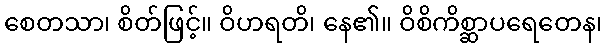
စေတသာ၊ စိတ်ဖြင့်။ ဝိဟရတိ၊ နေ၏။ ဝိစိကိစ္ဆာပရေတေန၊